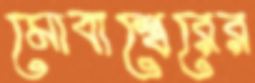
মোবাশ্বেরের